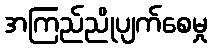
အကြည်ညိုပျက်စေမှု